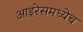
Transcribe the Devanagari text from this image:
आइरेसमध्येच